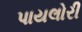
પાયલોરી